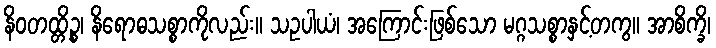
နိဝတထ္တိဉ္စ၊ နိရောဓသစ္စာကိုလည်း။ သဥပါယံ၊ အကြောင်းဖြစ်သော မဂ္ဂသစ္စာနှင့်တကွ။ အာစိက္ခိ၊